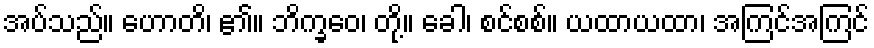
အပ်သည်။ ဟောတိ၊ ၏။ ဘိက္ခဝေ၊ တို့။ ခေါ၊ စင်စစ်။ ယထာယထာ၊ အကြင်အကြင်